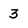
Character: 3